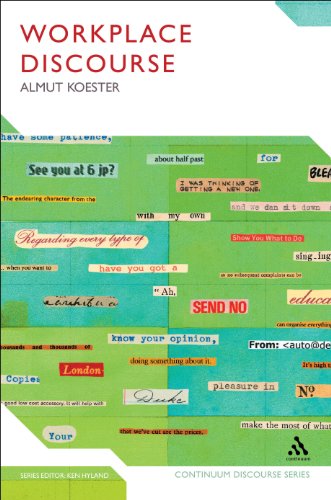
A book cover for Workplace Discourse (Bloomsbury Discourse); Almut Koester; Reference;